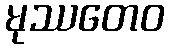
မုဿတေဝ